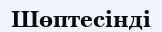
Шөптесінді